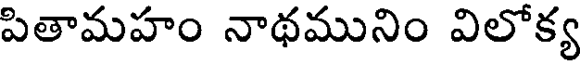
పితామహం నాథమునిం విలోక్య